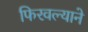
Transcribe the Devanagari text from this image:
फिरवल्याने